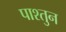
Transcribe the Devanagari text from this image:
पाश्तुन